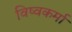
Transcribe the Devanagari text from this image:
विष्वकर्मा